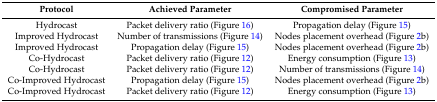
<table><thead><tr><td><b>Protocol</b></td><td><b>Achieved Parameter</b></td><td><b>Compromised Parameter</b></td></tr></thead><tbody><tr><td>Hydrocast</td><td>Packet delivery ratio (Figure 16)</td><td>Propagation delay (Figure 15)</td></tr><tr><td>Improved Hydrocast</td><td>Number of transmissions (Figure 14)</td><td>Nodes placement overhead (Figure 2b)</td></tr><tr><td>Improved Hydrocast</td><td>Propagation delay (Figure 15)</td><td>Nodes placement overhead (Figure 2b)</td></tr><tr><td>Co-Hydrocast</td><td>Packet delivery ratio (Figure 12)</td><td>Energy consumption (Figure 13)</td></tr><tr><td>Co-Hydrocast</td><td>Packet delivery ratio (Figure 12)</td><td>Number of transmissions (Figure 14)</td></tr><tr><td>Co-Improved Hydrocast</td><td>Propagation delay (Figure 15)</td><td>Nodes placement overhead (Figure 2b)</td></tr><tr><td>Co-Improved Hydrocast</td><td>Packet delivery ratio (Figure 12)</td><td>Energy consumption (Figure 13)</td></tr></tbody></table>